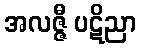
အလဇ္ဇီ ပဋိညာ